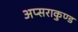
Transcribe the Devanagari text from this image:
अप्सराकुण्ड